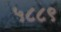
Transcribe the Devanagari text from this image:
५८८९